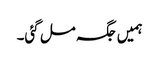
ہمیں جگہ مل گئی۔